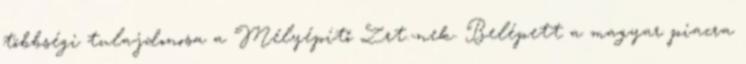
többségi tulajdonosa a Mélyépítő Zrt.-nek. Belépett a magyar piacra